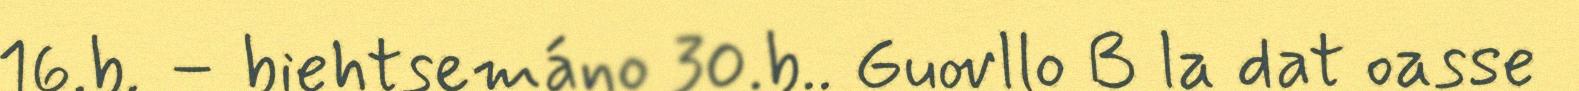
16.b. – biehtsemáno 30.b.. Guovllo B la dat oasse